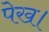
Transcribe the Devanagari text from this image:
पेख।